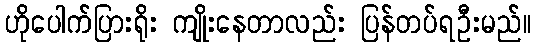
ဟိုပေါက်ပြားရိုး ကျိုးနေတာလည်း ပြန်တပ်ရဦးမည်။